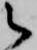
之